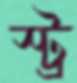
স্ট্র